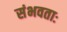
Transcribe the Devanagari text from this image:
संभवताः